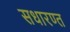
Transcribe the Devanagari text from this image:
सधारण्त